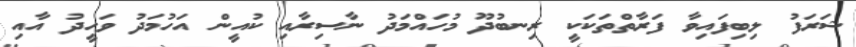
ޝަރަފު ލިބިފައިވާ ފަރާތްތަކަކީ ރިނބުދޫ މުހައްމަދު ނާސިރާއި ކުއީން އަހުމަދު ވަހީދު އާއި